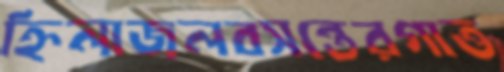
হ্নিলাজলবসন্তেরগাত্ত